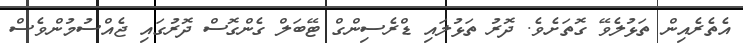
އެތެރެއިން ތަޅުލެވޭ ގޮތަށެވެ. ދޮރު ތަޅުލައި ޑްރެސިންގް ޓޭބަލް ގެންގޮސް ދޮރުގައި ޖެއްސުމުންވެސް